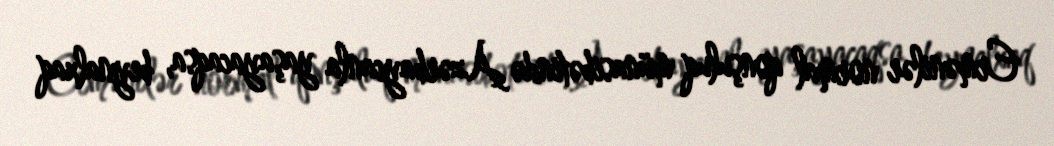
Ermənilər normal qonşuluq münasibətində Azərbaycanla yaşayacaqsa, beynalxaq